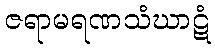
ဇရာမရဏသံဃာဋံ